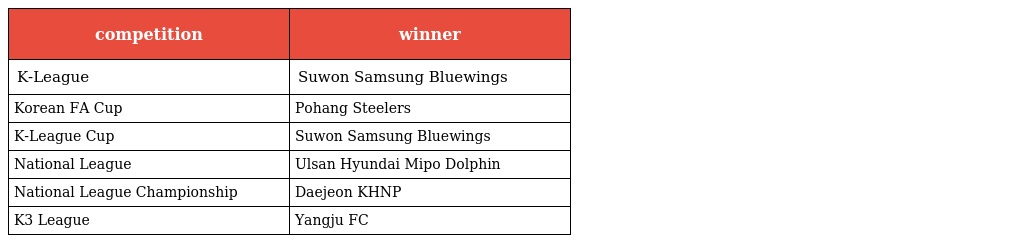
| competition | winner |
 | --- | --- |
 | K-League | Suwon Samsung Bluewings |
 | Korean FA Cup | Pohang Steelers |
 | K-League Cup | Suwon Samsung Bluewings |
 | National League | Ulsan Hyundai Mipo Dolphin |
 | National League Championship | Daejeon KHNP |
 | K3 League | Yangju FC |